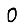
Digit: 0